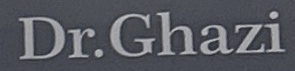
Dr.Ghazi